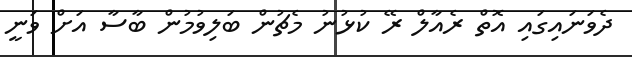
ދެވަނައިގައި އޮތް ރެއާލް ރޭ ކުޅުނު މެޗުން ބަލިވުމުން ބާސާ އަށް ވަނީ